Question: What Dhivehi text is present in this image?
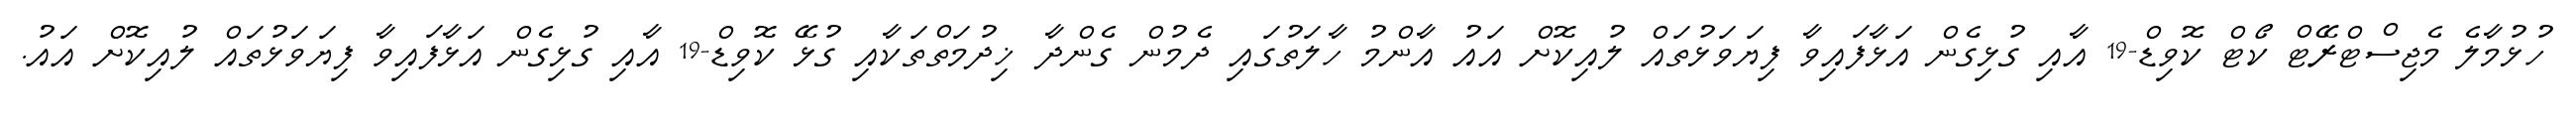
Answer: ހުޅުމާލެ މެޖިސްޓްރޭޓް ކޯޓް ކޮވިޑް-19 އާއި ގުޅިގެން އަޅާފައިވާ ފިޔަވަޅުތައް ލުއިކޮށް އައު އާންމު ހާލަތުގައި ދެމުން ގެންދާ ޚިދުމަތްތަކާއި ގުޅޭ ކޮވިޑް-19 އާއި ގުޅިގެން އަޅާފައިވާ ފިޔަވަޅުތައް ލުއިކޮށް އައު.